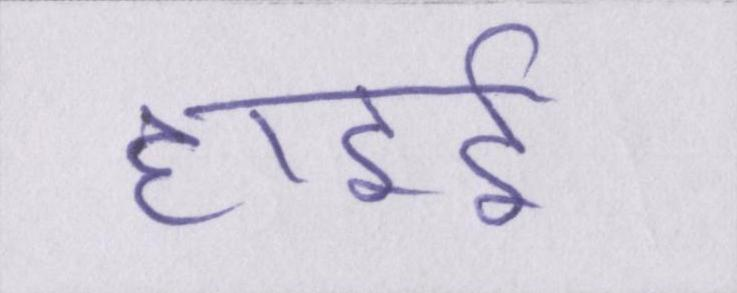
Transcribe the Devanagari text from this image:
हाइडी